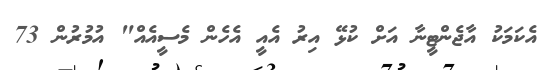
އެކަމަކު އާޖެންޓީނާ އަށް ކުޅޭ އިރު އެއީ އެހެން މެސީއެއް" އުމުރުން 73